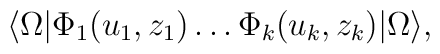
\langle \Omega | \Phi_1 (u_1,z_1)\ldots\Phi_k (u_k,z_k) | \Omega \rangle,